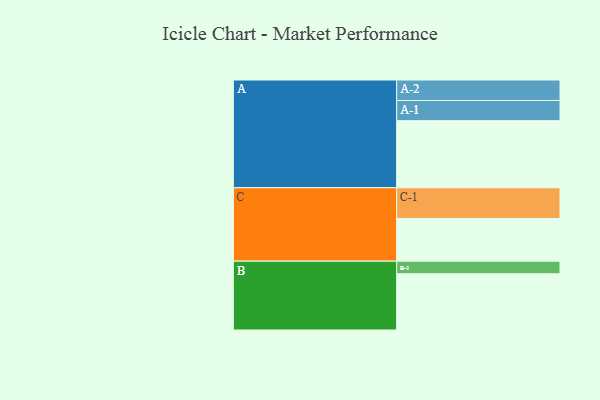
{"axis": {"x": "Segment", "y": "Value"}, "legend": ["", "A", "B", "C"], "data": [{"x": "A", "y": 514, "type": ""}, {"x": "B", "y": 431, "type": ""}, {"x": "C", "y": 327, "type": ""}, {"x": "A-1", "y": 155, "type": "A"}, {"x": "A-2", "y": 157, "type": "A"}, {"x": "B-1", "y": 97, "type": "B"}, {"x": "C-1", "y": 236, "type": "C"}]}